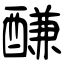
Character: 𨢑